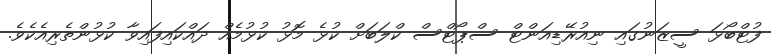
ފުޓްބޯޅަ ސީޒަނުގައި ނިއުރޭޑިއަންޓް ސްޕޯޓްސް ކްލަބަށް ކުޅެ މޮޅު ކުޅުމެއް ދައްކައިފައިވާ ކުޅުންތެރިއެކެވެ.